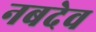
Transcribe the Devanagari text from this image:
नबदेव